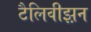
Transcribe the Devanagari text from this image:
टैलिवीझ़न